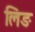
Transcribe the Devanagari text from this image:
लिङ